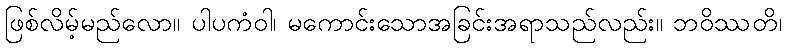
ဖြစ်လိမ့်မည်လော။ ပါပကံဝါ၊ မကောင်းသောအခြင်းအရာသည်လည်း။ ဘဝိဿတိ၊